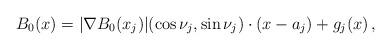
LaTeX: \begin{align*}B_0(x)=|\nabla B_0(x_j)|(\cos\nu_j,\sin\nu_j)\cdot(x-a_j)+g_j(x)\,,\end{align*}